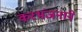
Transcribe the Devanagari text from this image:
करभंजनाने